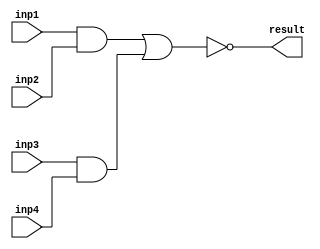
module LAB01_INTRODUCTION(
	inp1, inp2, inp3, inp4,
	result
);

	input inp1, inp2, inp3, inp4;
	output result;
	wire t1, r2;
	
	assign t1 = inp1 & inp2;
	assign t2 = inp3 & inp4;
	assign result = ~(t1|t2);

endmodule